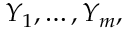
Y _ { 1 } , \dots , Y _ { m } ,